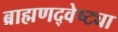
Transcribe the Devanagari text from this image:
ब्राह्मणद्वेष्ट्या